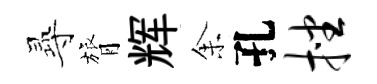
𡬶膂辉𪜬孔挫